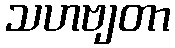
သဟဗျတာ